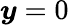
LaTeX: \boldsymbol y=0